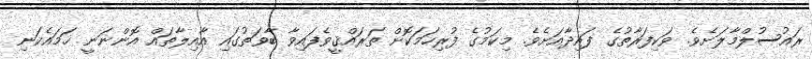
ރައުސުލްމާލަށެވެ. ވަކިފަރާތުގެ ފައިދާއަށެވެ. މިކަމުގެ ފުރިހަމަކޮށް ތަރައްޤީވެފައިވާ ބާވަތުގައި އާއިލާތައް އޮންނަނީ ހަމައެކަނި